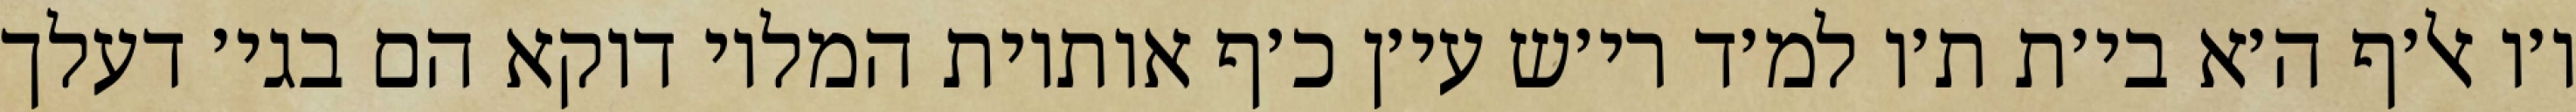
ו׳ו אל׳ף ה׳א בי׳ת ת׳ו למ׳ד רי׳ש עי׳ן כ׳ף אותיות המלוי דוקא הם בגי׳ דעלך